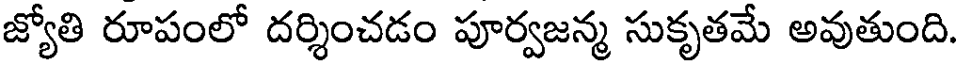
జ్యోతి రూపంలో దర్శించడం పూర్వజన్మ సుకృతమే అవుతుంది.